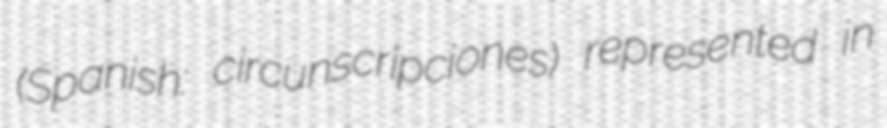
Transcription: (Spanish: circunscripciones) represented in